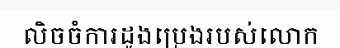
លិចចំការដូងប្រេងរបស់លោក